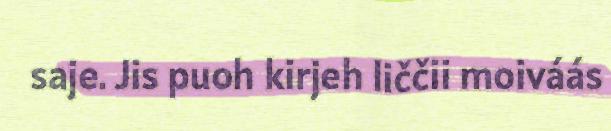
saje. Jis puoh kirjeh liččii moiváás